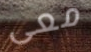
معى